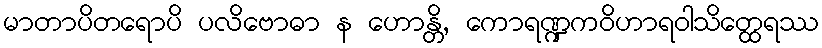
မာတာပိတရောပိ ပလိဗောဓာ န ဟောန္တိ, ကောရဏ္ဍကဝိဟာရဝါသိတ္ထေရဿ